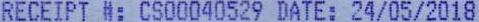
RECEIPT #: CS00040529 DATE: 24/05/2018